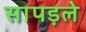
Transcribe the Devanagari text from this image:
सापड़ले